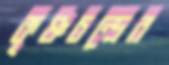
কৃষ্ণচন্দ্রের